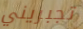
تجبريني